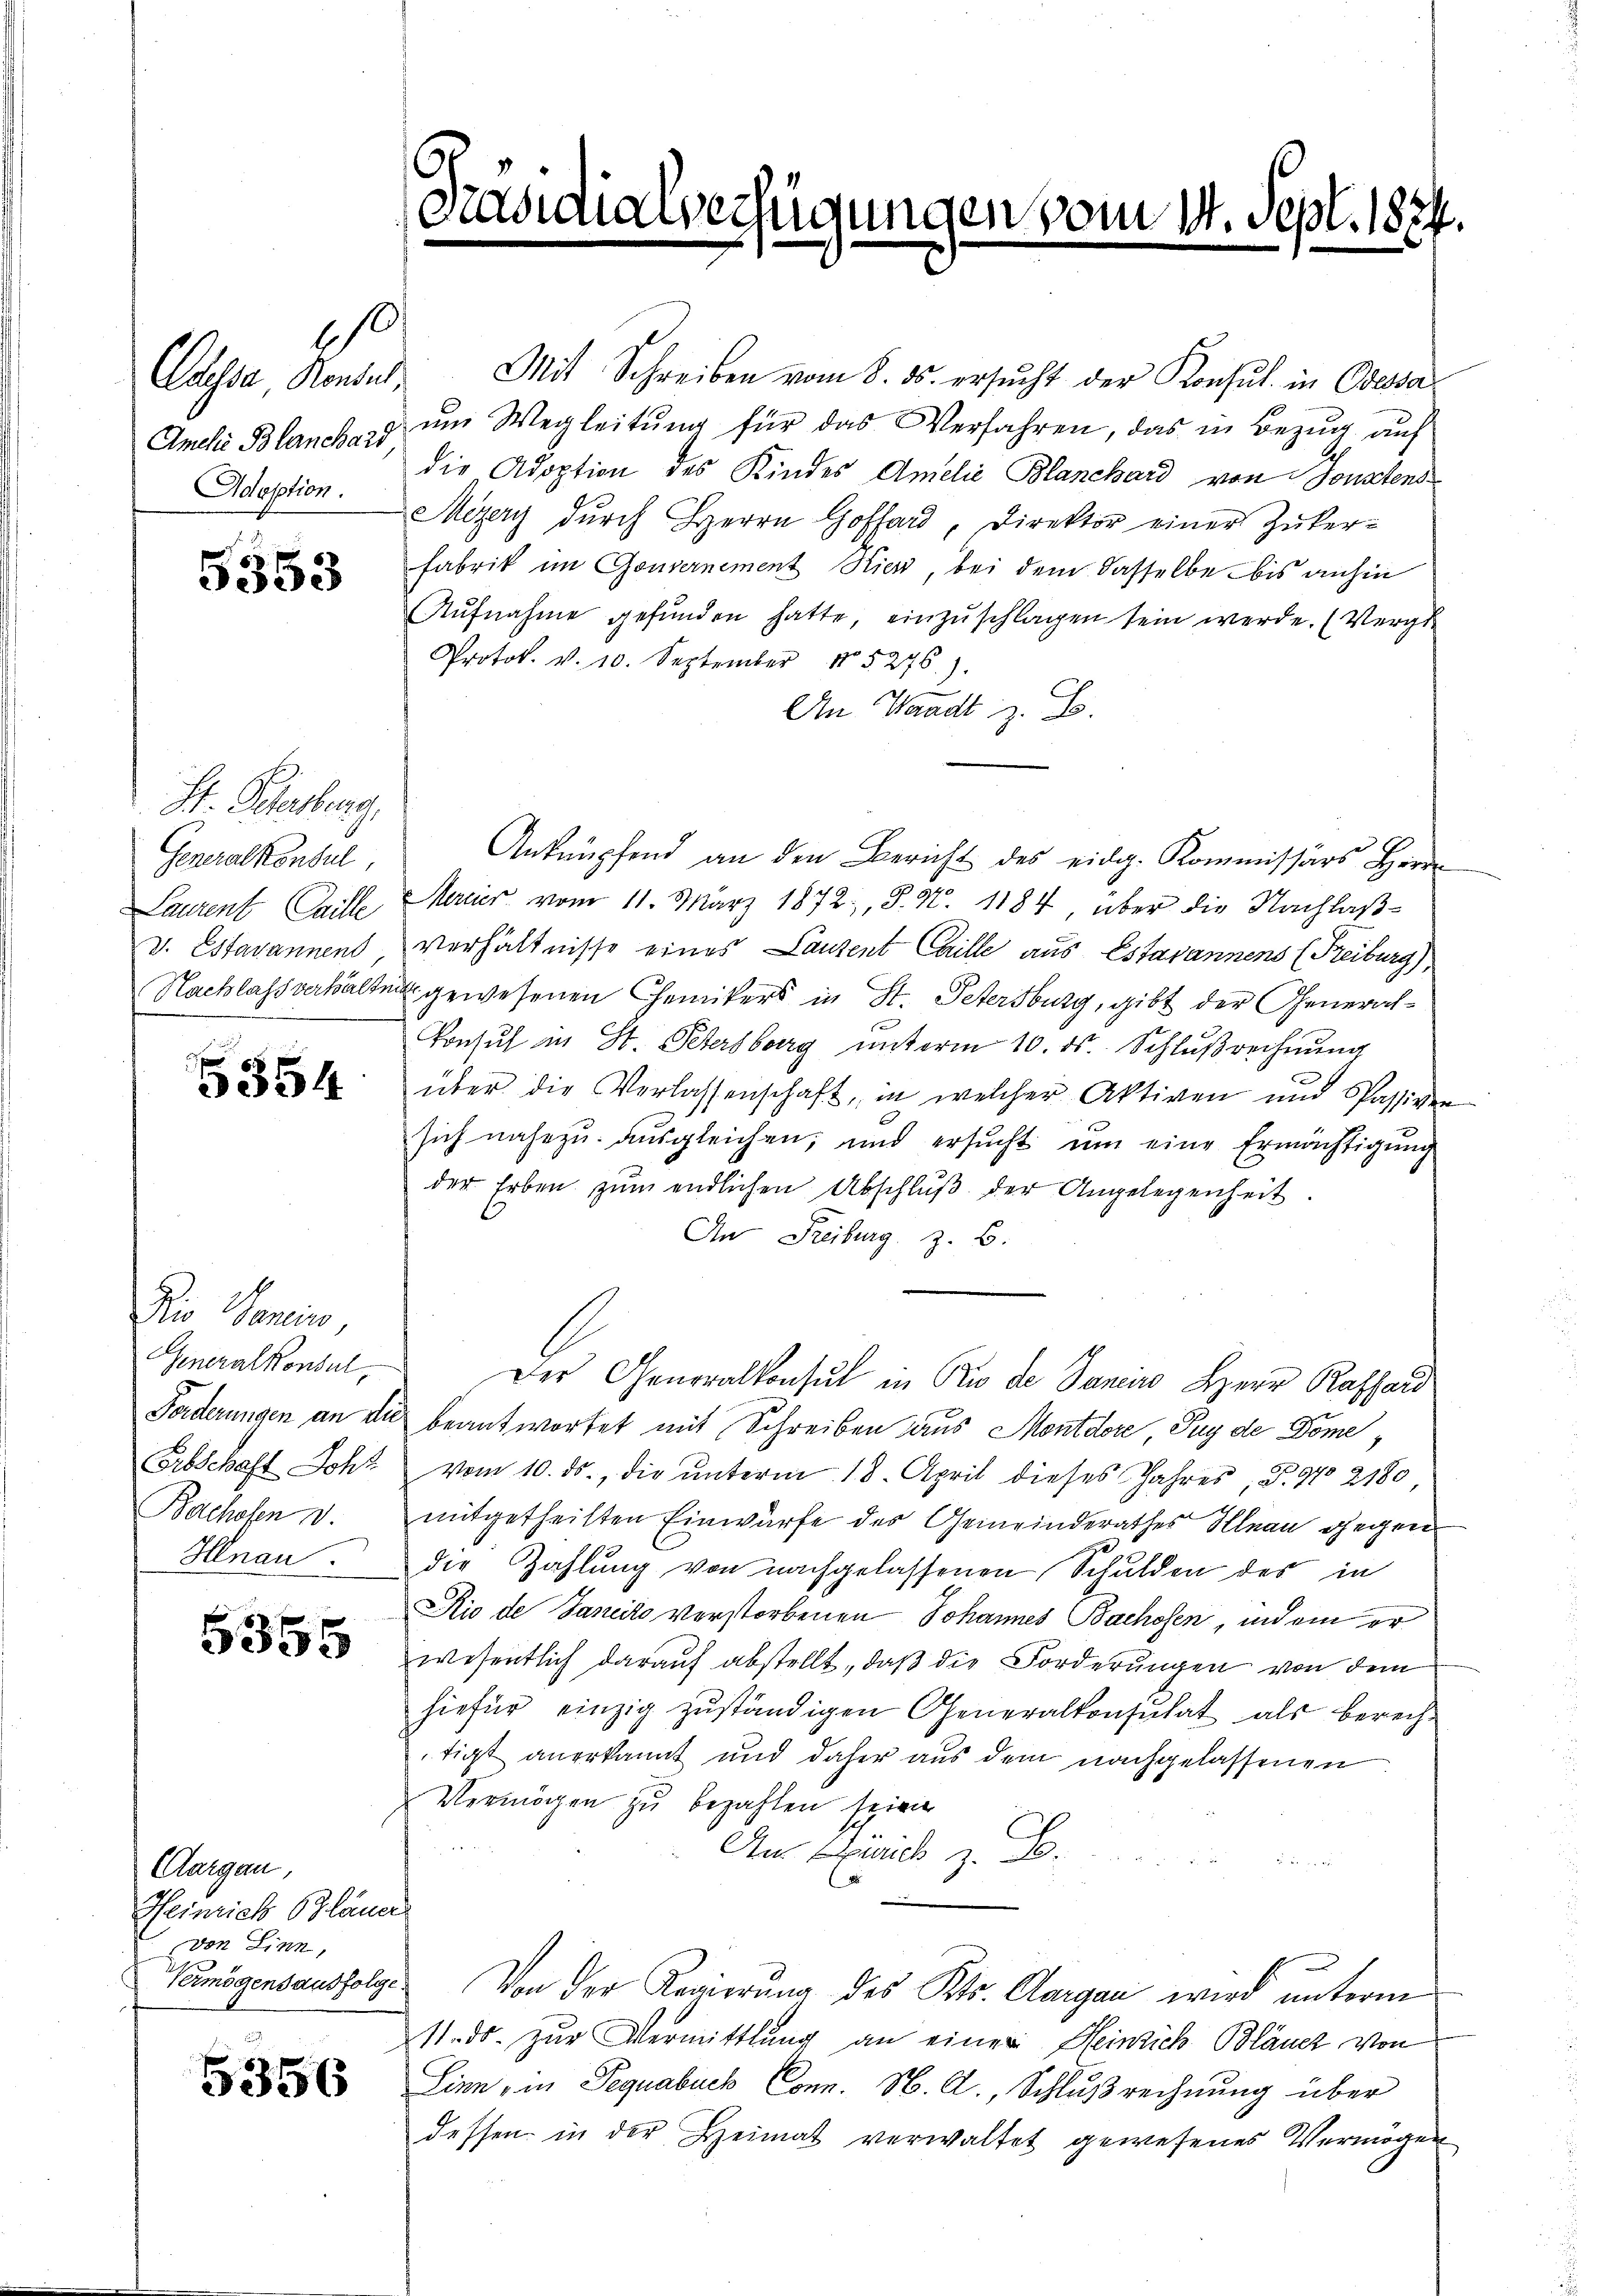
Amchie Blanchard
Adoption.

5353

5354

5355

5356

.

St. Gehalberg.
Generalkonsul
Laurent Caille
V. Estavannend
Nachlassverhalten

Dio Senio,
Generalkonsul
Forderungen an die
Erbschaft Lohn
Bachofen v.
Hnau.

Aargau,
Heinrich Bläuer
von Linn,

6
Prazionalverfügungen vom 14. Sept. 1874.

Cassa Konsul, Mit Schreiben vom 8. ds. ersŭcht der Konsul in Obera
ŭm Wegleitŭng für das Verfahren, das in Bezug auf
die Adoption des Kindes Amelie Blanchard von Sonstens
Mezery dŭrch Herrn Goffard, Direktor einer Zuker-
Fabrik im Gouvernement Hier, bei dem dasselbe bis anhin
Aŭfnahme gefŭnden hatte, einzŭschlagen sein werde. (Verge
Protok. v. 10. September 185276).
An Waadt z. B.
Anknüpfend an den Bericht des eidg. Kommissärs Herr
Mercier vom 11. März 1872, S. N. 1184, über die Nachlaßverhältnisse eines Lanzent Caille aus Estavannens (Freiburg),
ugewesenen Chemikers in St. Petersburg, gibt der General¬
Vonsul in St. Petersberg unterm 10. ds. Schlußrechnung
über die Verlassenschaft, in welcher Aktiven und Passiven
sich nahezu ausgleichen, und ersŭcht ŭm eine Ermächtigŭng
der Erben zŭm endlichen Abschlŭβ der Angelegenheit.
An Freiburg z. B.
Der Generalkonsul in Du de Janeiro Herr Rathard
beantwortet mit Schreiben aus Montdore, Puy de Dome
Vom 10. ds., die unterm 18. April dieses Jahres P. 97 2180
mitgetheilten Einwürfe des Gemeinderathes Hlnau gegen
die Zahlung von nachgelassenen Schulden des in
Rio de Janeiro verstorbenen Johannes Bachofen, indem er
wesentlich darauf abstellt, daß die Forderungen von dem
hiefür einzig zuständigen Generalkonsulat als berechtigt anerkannt und daher aus dem nachgelassenen
Vermögen zu bezahlen seien
An Euch z. B.
die
Vermögensausfolg. Von der Regierung des Kts. Aargau wird unterm
11. ds. zur Vermittlung an einer Heinrich Blanch von
Sinn, in Peguabuch Conn. N. A., Schlußrechnung über
dessen in der Heimat verwaltet gewesenes Vermögen